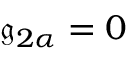
{ \mathfrak { g } } _ { 2 \alpha } = 0